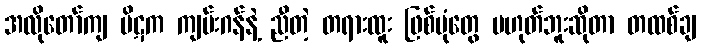
အလိုတော်ကျ ပိဋက ကျမ်းဂန်နဲ့ ညီတဲ့ တရားထူး ဖြစ်ပုံတွေ မဟုတ်ဘူးဆိုတာ တထစ်ချ